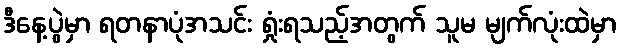
ဒီနေ့ပွဲမှာ ရတနာပုံအသင်း ရှုံးရသည့်အတွက် သူမ မျက်လုံးထဲမှာ